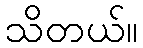
သိတယ်။